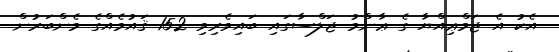
އެކު އެ ޖަމްޢިއްޔާ ގެ ޢާންމު ޖަލްސާގައި ބައިވެރިވި 152 ޤައުމެއްގެ މެންބަރުން